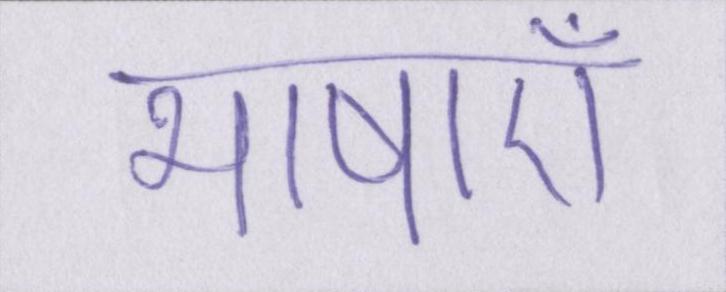
भाषाएँ